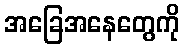
အခြေအနေတွေကို